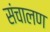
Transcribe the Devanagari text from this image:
संचालण